65_HS1-834228961_62-HQ-83894_Section_6
Agency: FBI
Page 76
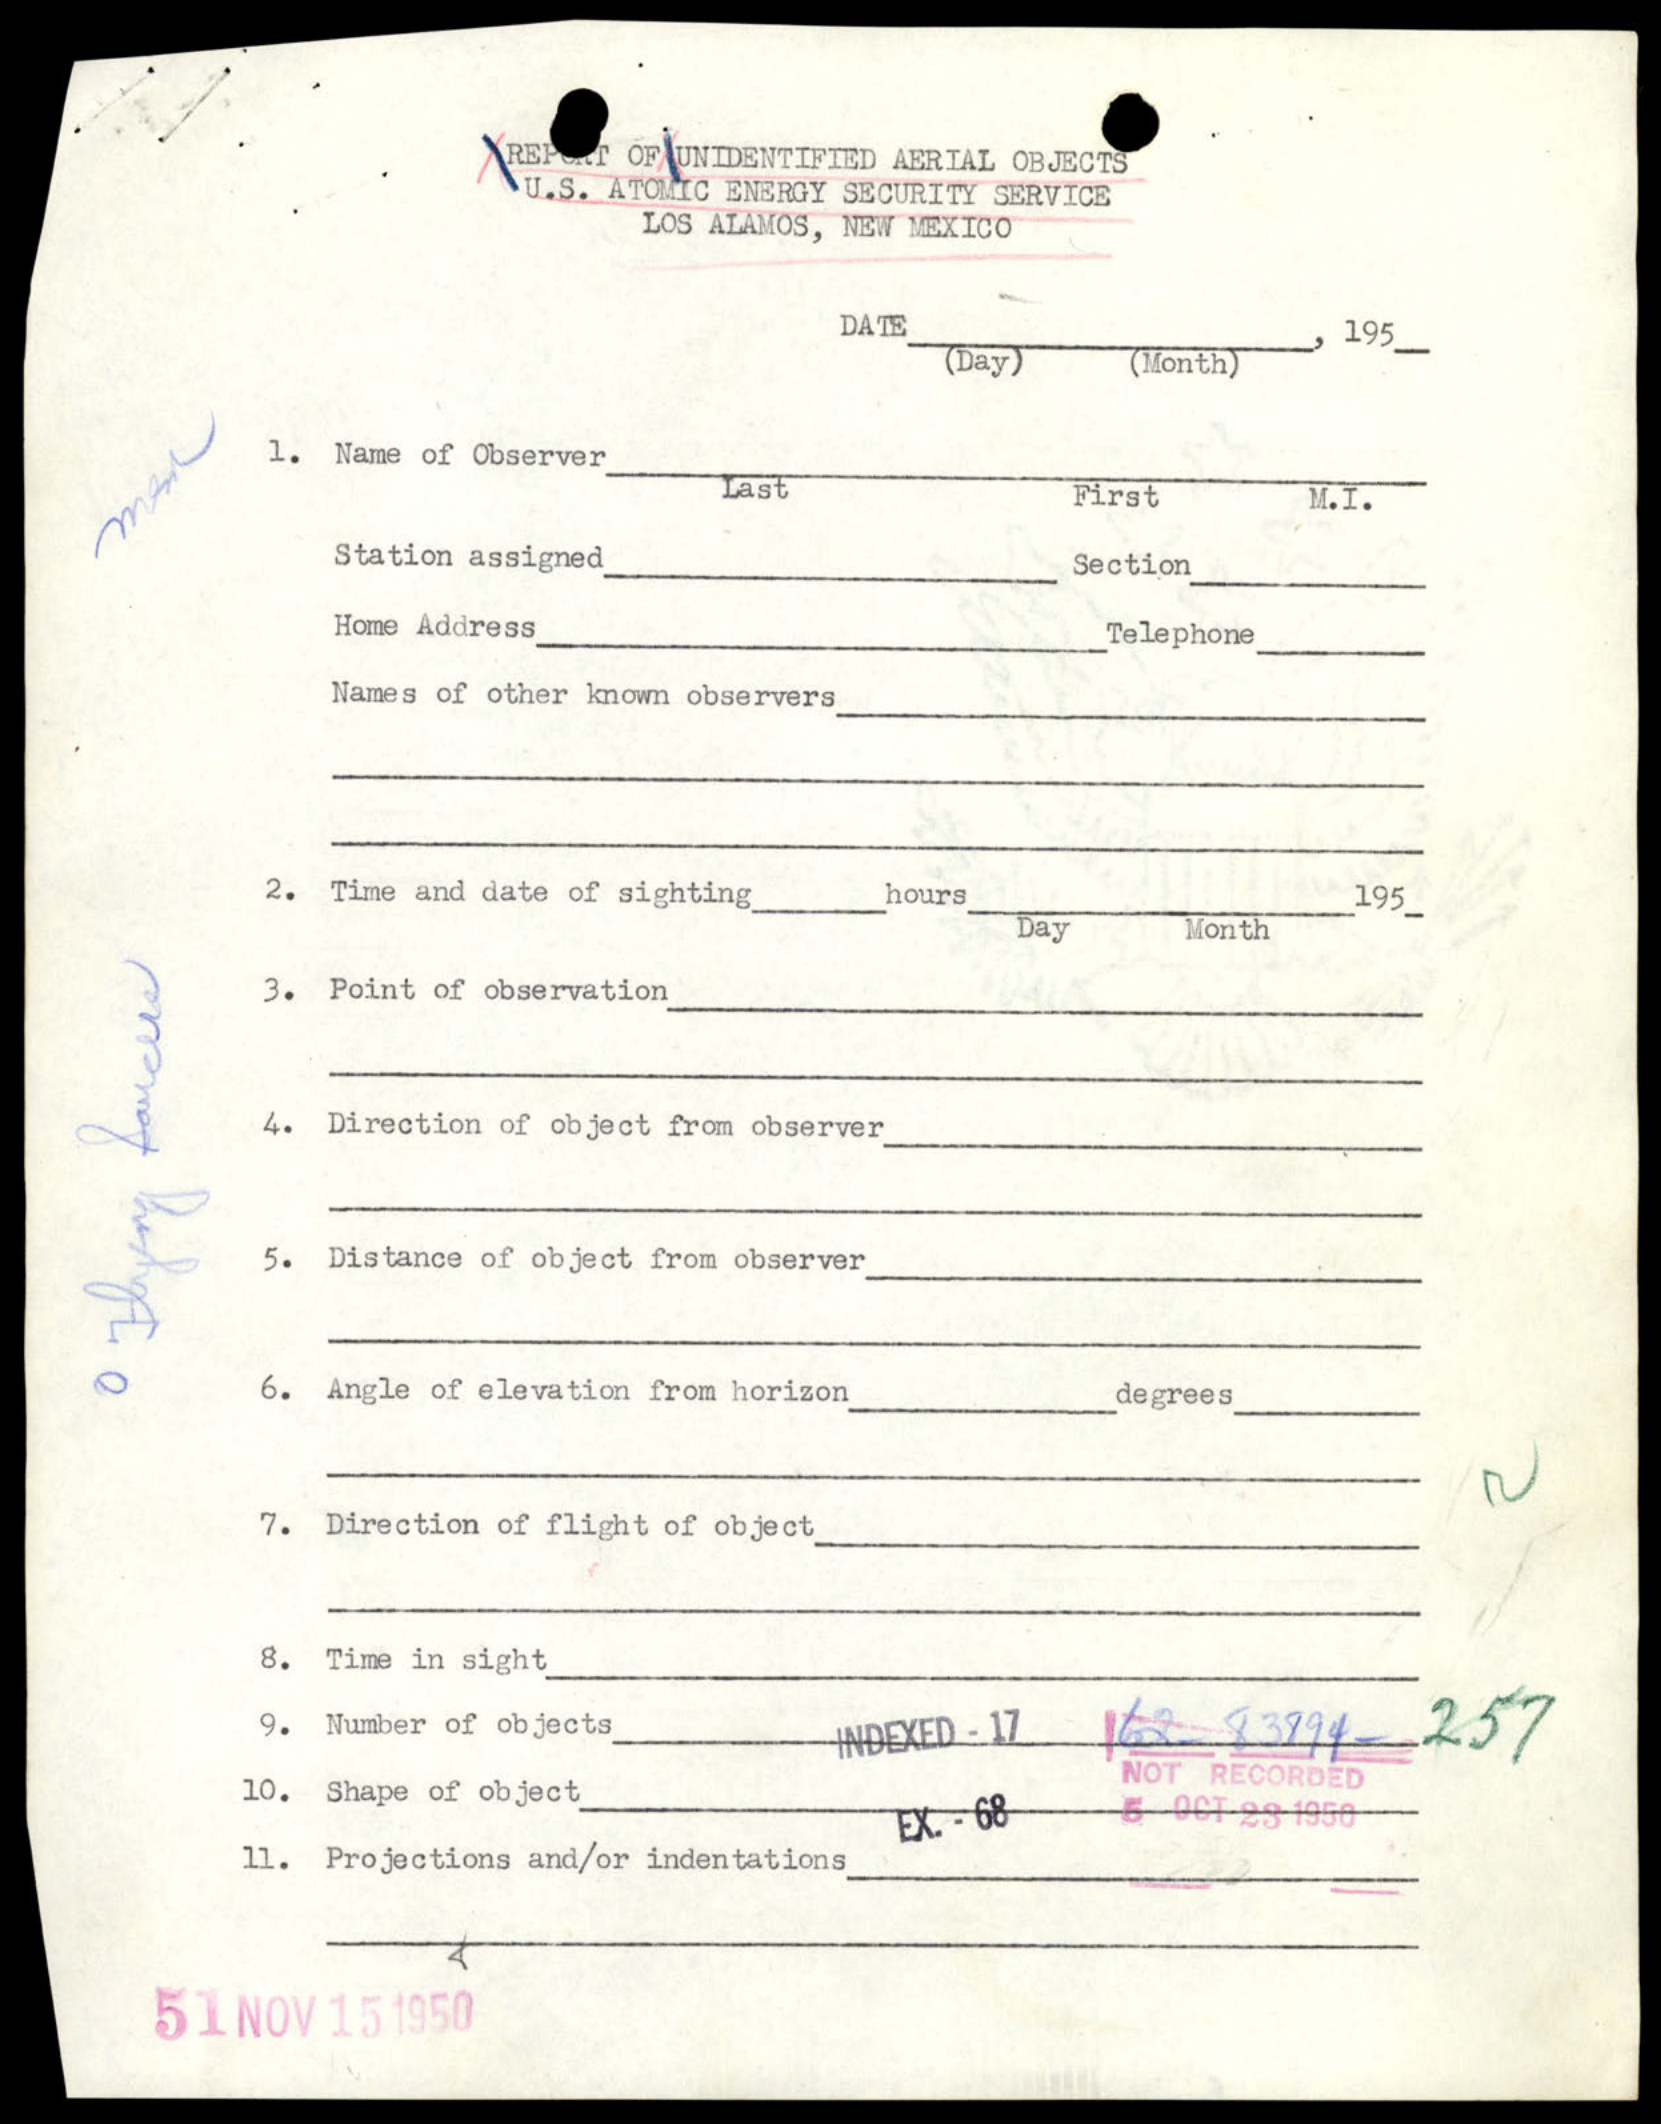